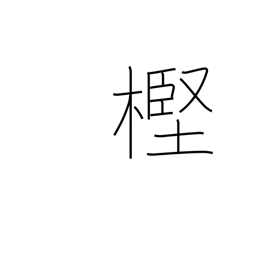
Meaning: evergreen oak